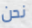
نحن